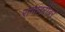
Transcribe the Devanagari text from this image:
रामाबरोबर